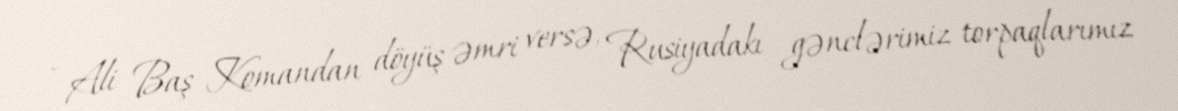
- Ali Baş Komandan döyüş əmri versə, Rusiyadakı gənclərimiz torpaqlarımız